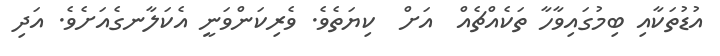
އުޑުތަކާއި ބިމުގައިވާހާ ތަކެއްޗެއް  އަށް  ކިޔަތެވެ. ވެރިކަންވަނީ އެކަލާނގެއަށެވެ. އަދި